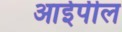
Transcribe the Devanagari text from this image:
आईपील